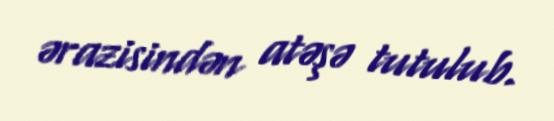
ərazisindən atəşə tutulub.